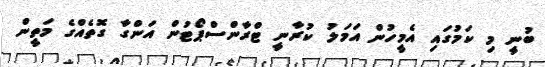
ބުނީ މި ކަމުގައި އެމީހުން އަމަލު ކުރާނީ ޓްރާންސްޕޯޓުން އަންގާ ގޮތެއްގެ މަތީން